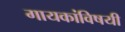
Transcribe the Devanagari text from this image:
गायकांविषयी